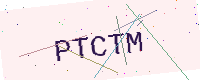
Text: PTCTM